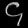
Digit: ၄